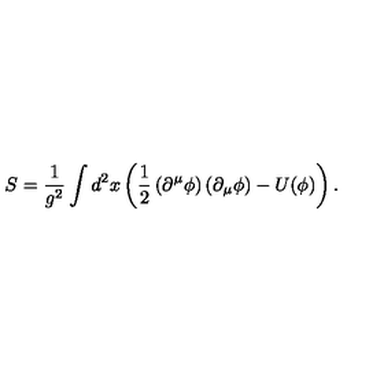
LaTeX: S = \frac { 1 } { g ^ { 2 } } \int d ^ { 2 } x \left( \frac { 1 } { 2 } \left( \partial ^ { \mu } \phi \right) \left( \partial _ { \mu } \phi \right) - U ( \phi ) \right) .